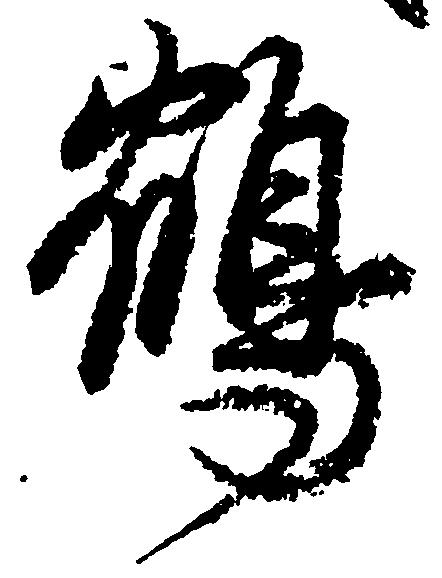
鶴